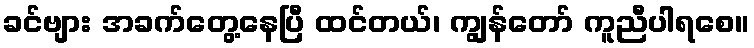
ခင်ဗျား အခက်တွေ့နေပြီ ထင်တယ်၊ ကျွန်တော် ကူညီပါရစေ။